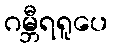
ဂမ္ဘီရရူပေ